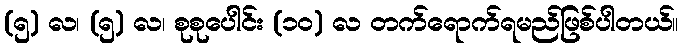
(၅) လ၊ (၅) လ၊ စုစုပေါင်း (၁၀) လ တက်ရောက်ရမည်ဖြစ်ပါတယ်။